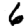
Digit: 6